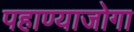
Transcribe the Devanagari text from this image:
पहाण्याजोगा